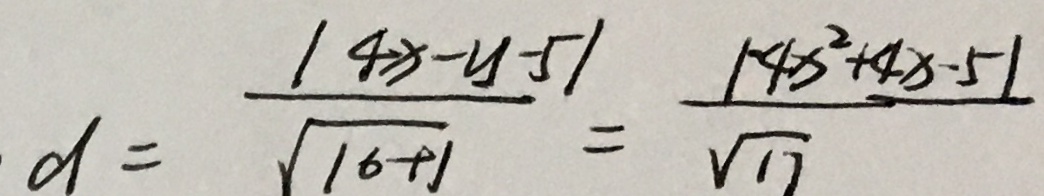
d = \frac { \vert 4 x - y - 5 \vert } { \sqrt { 1 6 + 1 } } = \frac { \vert 1 - 4 x ^ { 2 } + 4 x - 5 \vert } { \sqrt { 1 7 } }